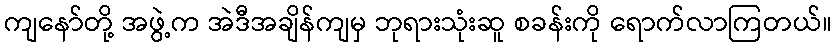
ကျနော်တို့ အဖွဲ့က အဲဒီအချိန်ကျမှ ဘုရားသုံးဆူ စခန်းကို ရောက်လာကြတယ်။